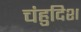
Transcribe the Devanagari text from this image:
चंहुदिश